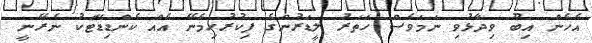
އެހެން އިބޫ ވިދާޅުވި ނަމަވެސް ހަތަރު ލީޑަރުންގެ ފިކުރުހިމެނޭ އެއް ކެންޑިޑޭޓަކު ނެރޭނީ